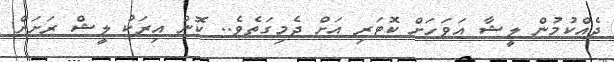
ދެއްކުމުން ލީޝާ އަވަހަށް ކޮޓަރި އަށް ދެމިގަތެވެ.. ކޮން އިރަކު ލީޝް ރަށަށް